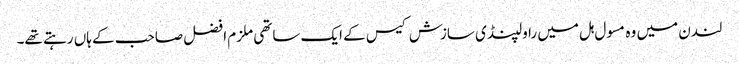
لندن میں وہ مسول ہل میں راولپنڈی سازش کیس کے ایک ساتھی ملزم افضل صاحب کے ہاں رہتے تھے۔